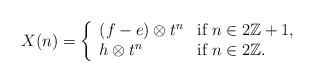
LaTeX: \begin{align*}X(n)=\left\{\begin{array}{l@{\,\ }l} (f-e)\otimes t^n &\textrm{ if }n\in 2\mathbb{Z}+1,\\ h\otimes t^n&\textrm{ if }n\in 2\mathbb{Z}.\end{array}\right.\end{align*}